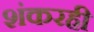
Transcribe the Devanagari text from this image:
शंकरही